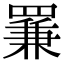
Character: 𦋰